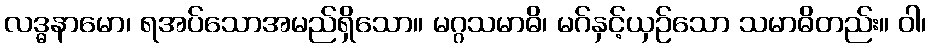
လဒ္ဓနာမော၊ ရအပ်သောအမည်ရှိသော။ မဂ္ဂသမာဓိ၊ မဂ်နှင့်ယှဉ်သော သမာဓိတည်း။ ဝါ၊